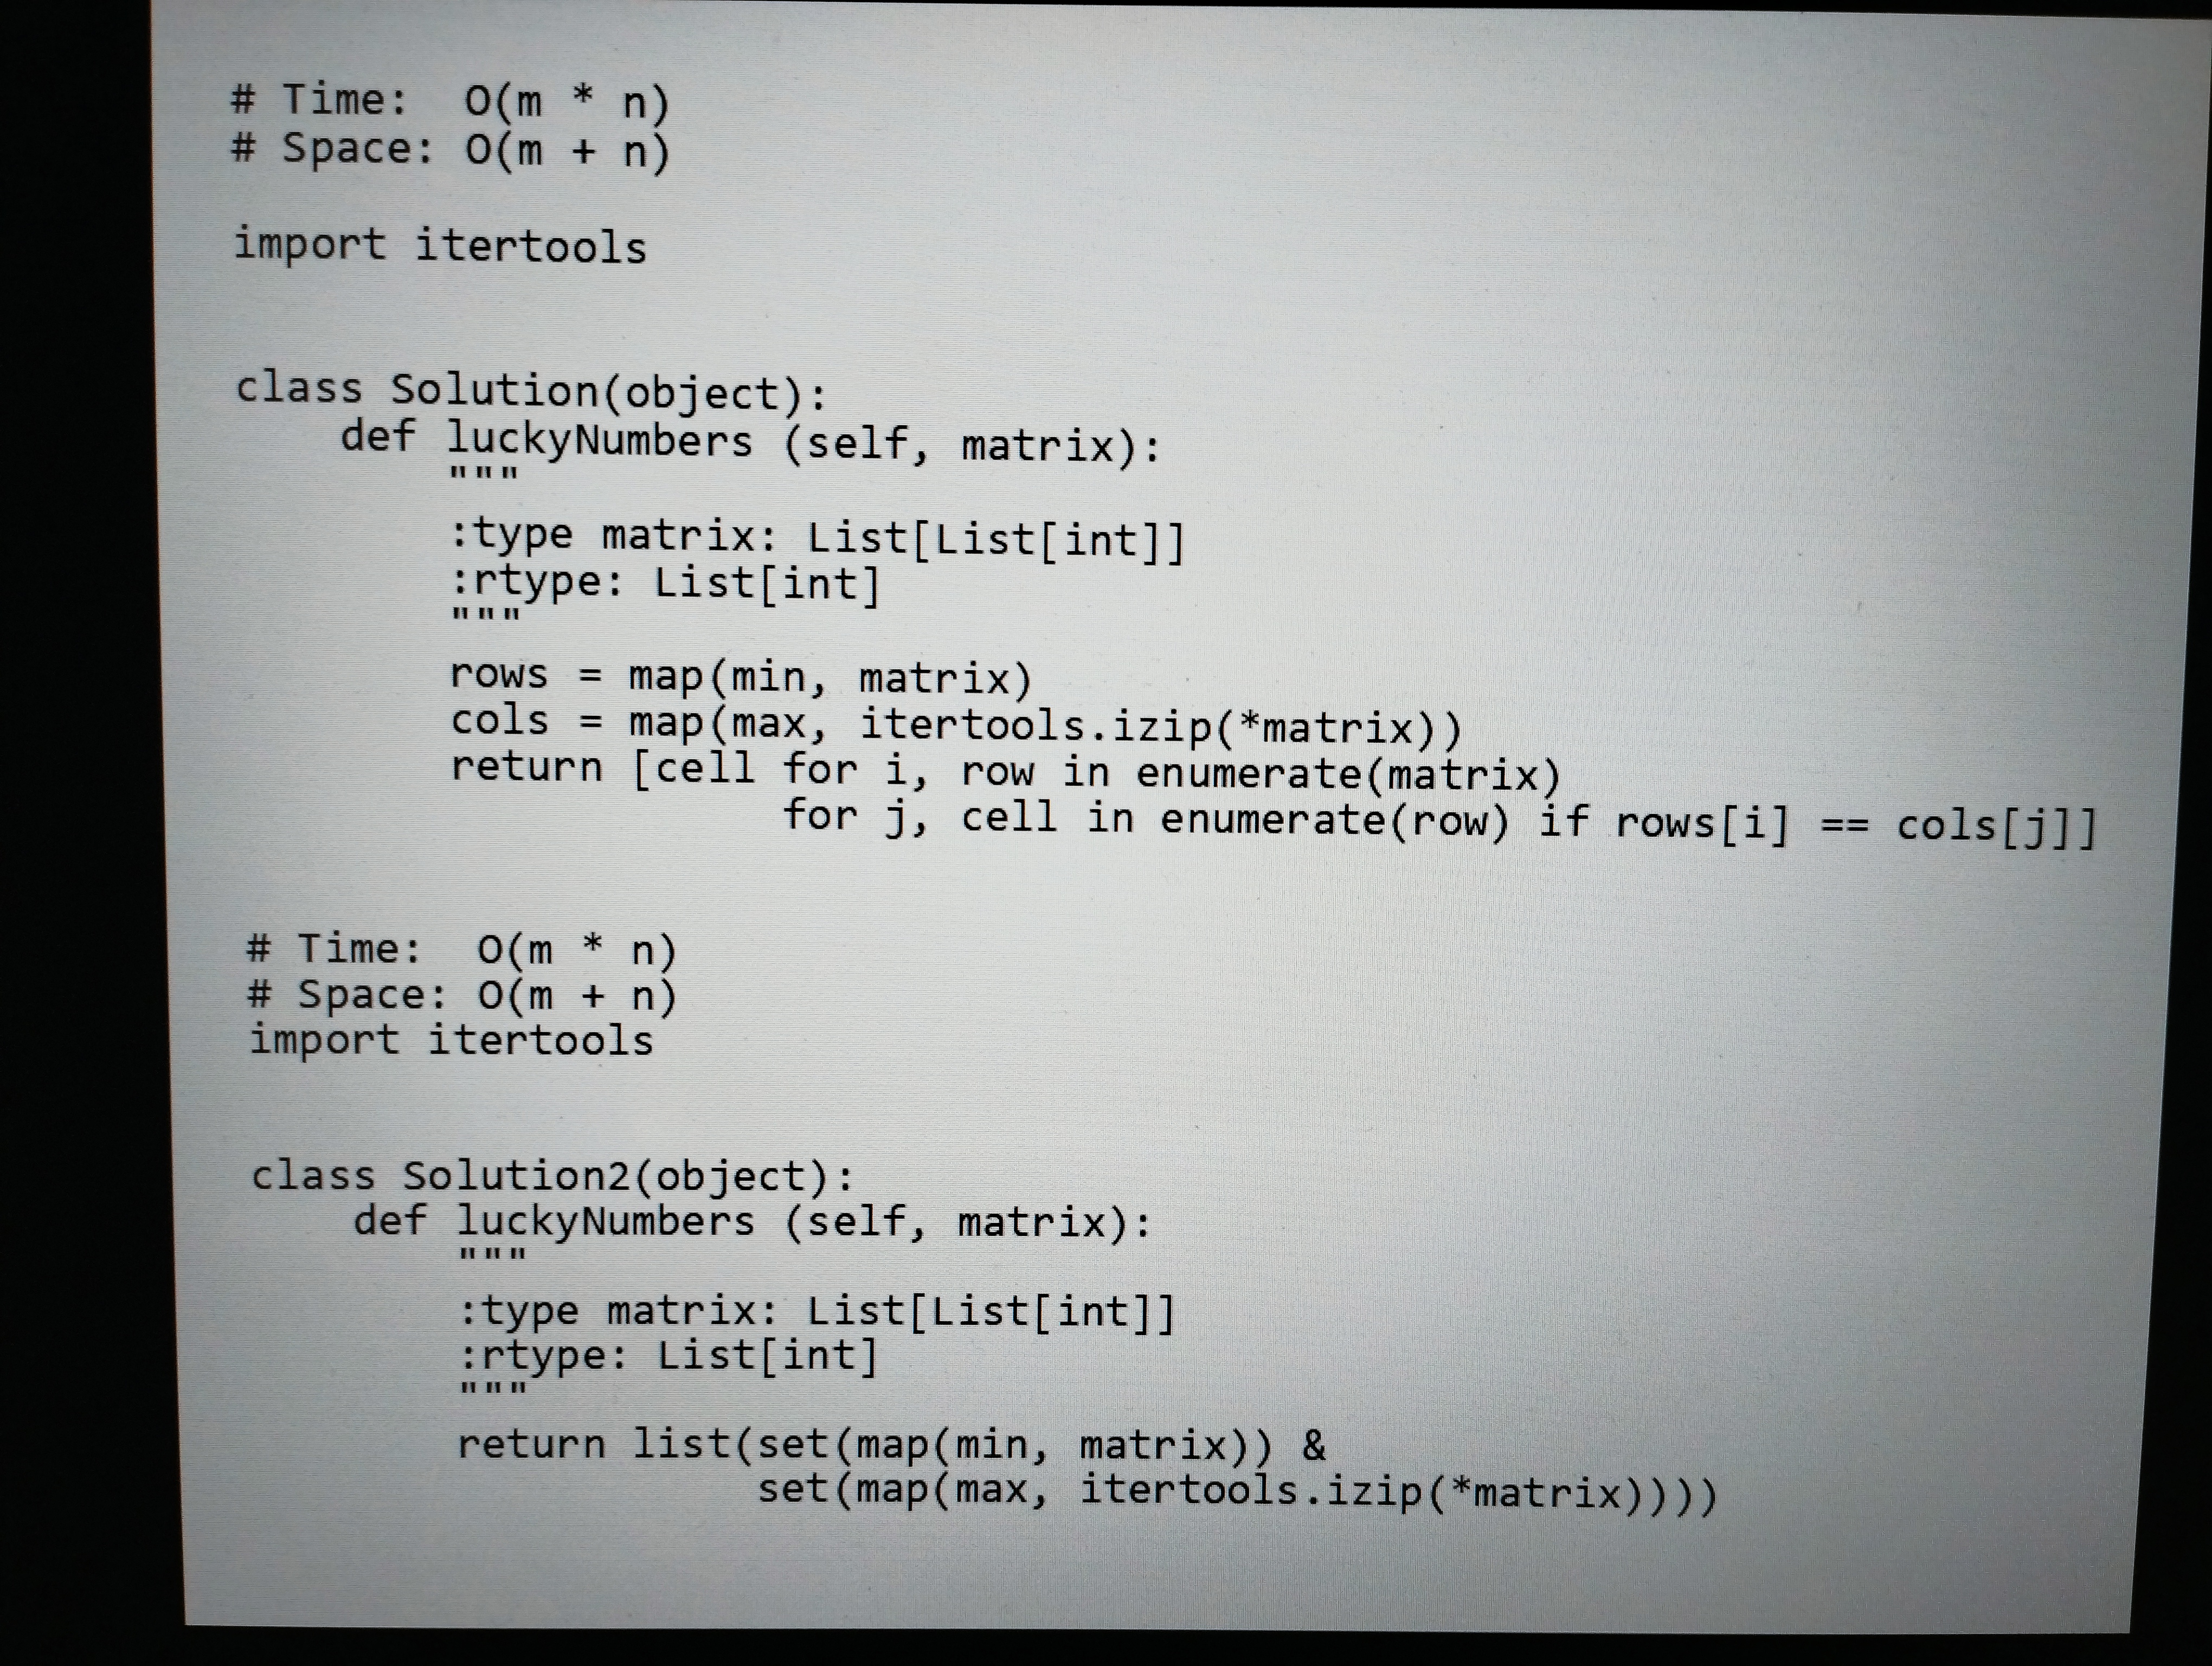
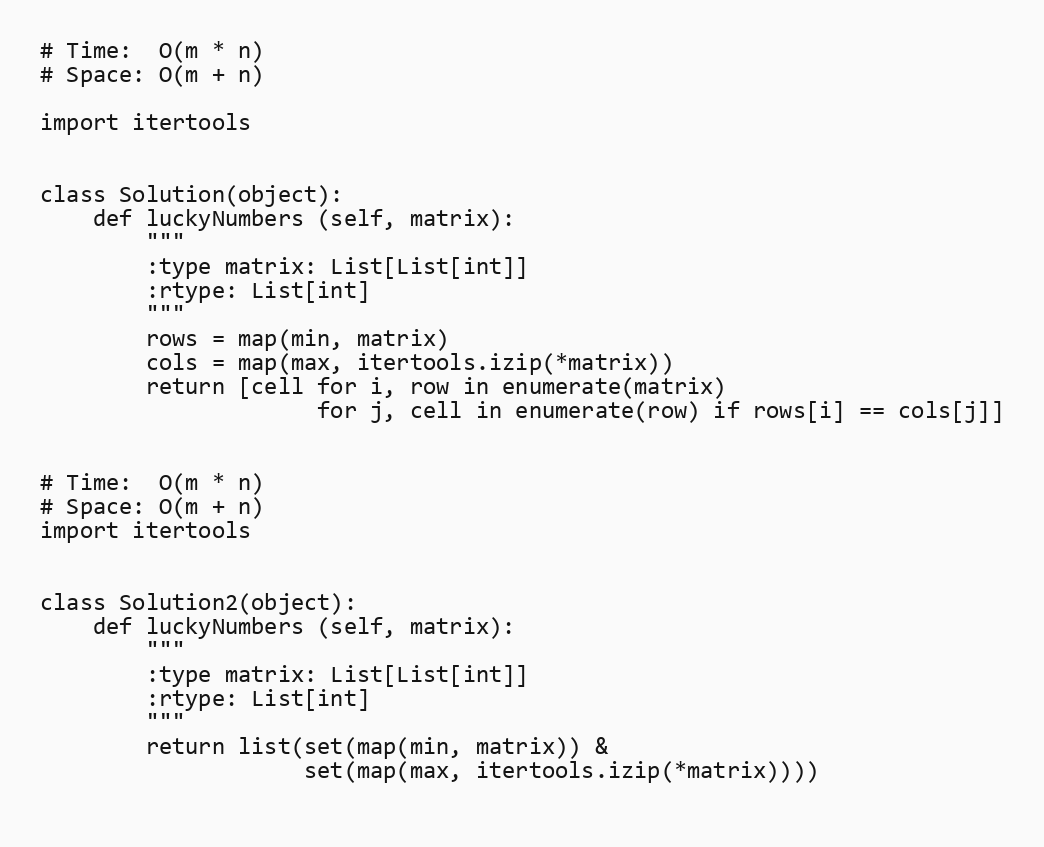
# Time:  O(m * n)
# Space: O(m + n)

import itertools

class Solution(object):
    def luckyNumbers (self, matrix):
        """
        :type matrix: List[List[int]]
        :rtype: List[int]
        """
        rows = map(min, matrix)
        cols = map(max, itertools.izip(*matrix))
        return [cell for i, row in enumerate(matrix)
                     for j, cell in enumerate(row) if rows[i] == cols[j]]

# Time:  O(m * n)
# Space: O(m + n)
import itertools

class Solution2(object):
    def luckyNumbers (self, matrix):
        """
        :type matrix: List[List[int]]
        :rtype: List[int]
        """
        return list(set(map(min, matrix)) &
                    set(map(max, itertools.izip(*matrix))))